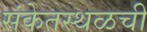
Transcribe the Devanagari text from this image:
संकेतस्थळची